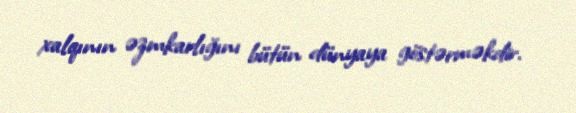
xalqının əzmkarlığını bütün dünyaya göstərməkdir.